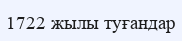
1722 жылы туғандар